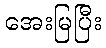
အေးမြပြီး